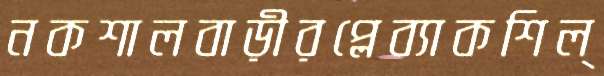
নকশালবাড়ীরপ্লেব্যাকশিল্